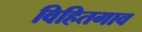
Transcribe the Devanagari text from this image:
विहितगाव